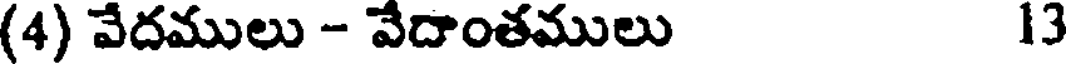
(4) వేదములు - వేదాంతములు 13